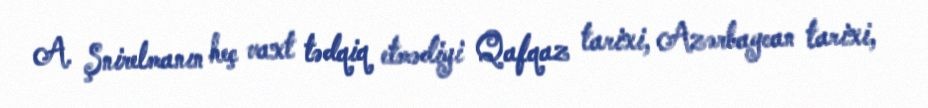
A. Şnirelmanın heç vaxt tədqiq etmədiyi Qafqaz tarixi, Azərbaycan tarixi,